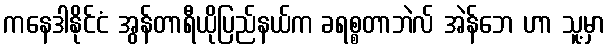
ကနေဒါနိုင်ငံ အွန်တာရီယိုပြည်နယ်က ခရစ္စတာဘဲလ် အဲန်ဘေ ဟာ သူ့မှာ